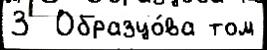
3  Образцо́ва том